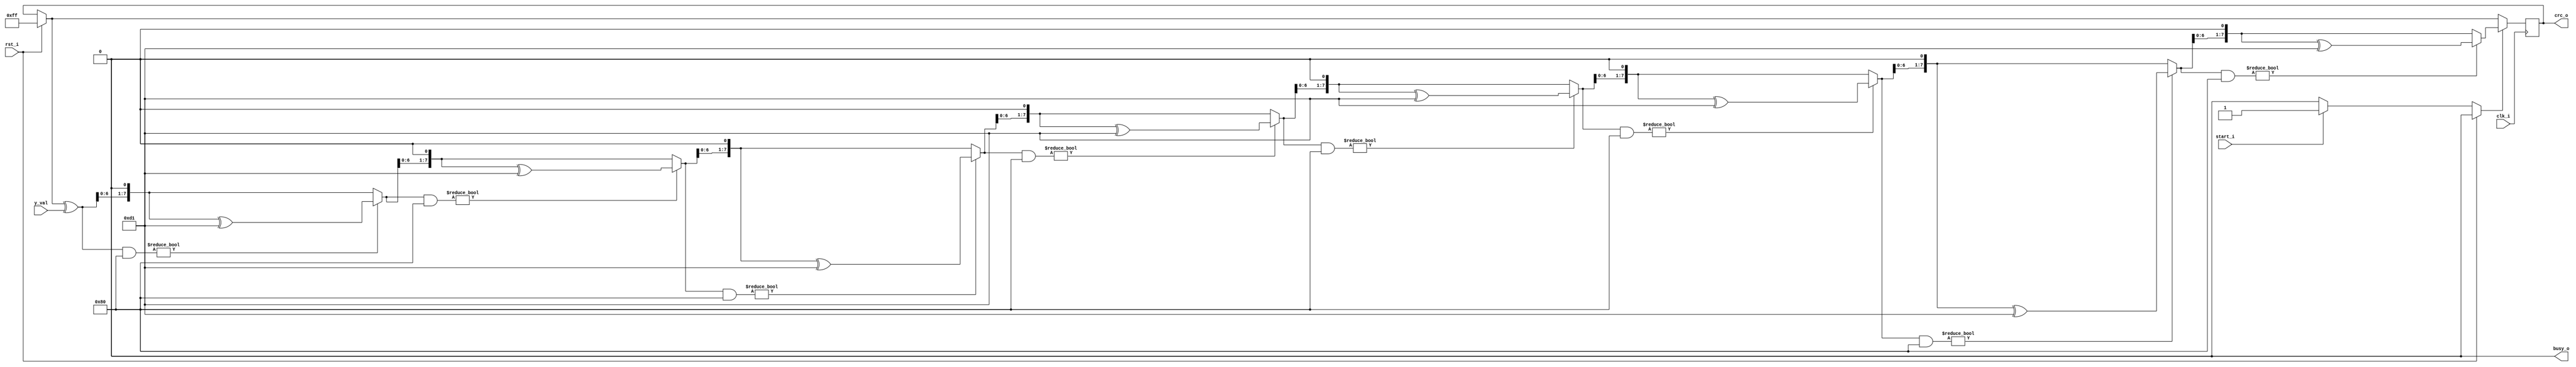
`timescale 1ns / 1ps

module crc8(
    input clk_i,
    input rst_i,
    input start_i,
    
    input [7:0] y_val,
    
    output busy_o,
    output reg [7:0] crc_o
);

localparam init_val = 8'b11111111;
localparam polynom = 8'b11010001;

integer i;
reg busy = 0;

assign busy_o = busy;

always@(posedge clk_i) begin
    if(rst_i) begin
        crc_o = init_val;
    end else if(start_i & !busy_o) begin
        busy = 1;
    end
    if(busy == 1) begin
        crc_o = crc_o ^ y_val;
        for(i = 0; i < 8; i = i + 1) begin
            crc_o = crc_o & 8'b10000000 ? (crc_o << 1) ^ polynom : crc_o << 1;
        end
        busy = 0;
    end
    end
endmodule